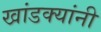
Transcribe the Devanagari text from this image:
खांडक्यांनी